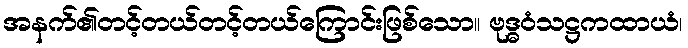
အနက်၏တင့်တယ်တင့်တယ်ကြောင်းဖြစ်သော။ ဗုဒ္ဓဝံသဋ္ဌကထာယံ၊